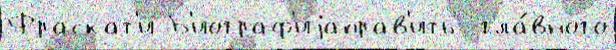
Фраскат'и Б'иограф'иjаправ'ить  гла́вного